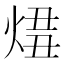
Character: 𤊛